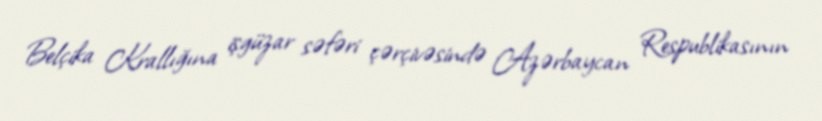
Belçika Krallığına işgüzar səfəri çərçivəsində Azərbaycan Respublikasının